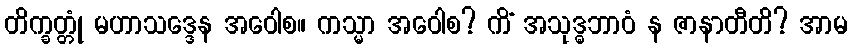
တိက္ခတ္တုံ မဟာသဒ္ဒေန အဝေါစ။ ကသ္မာ အဝေါစ? ကိံ အသုဒ္ဓဘာဝံ န ဇာနာတီတိ? အာမ